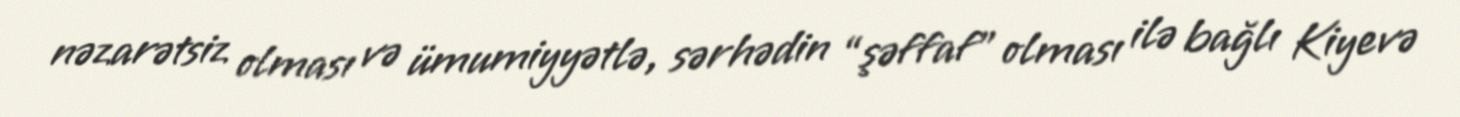
nəzarətsiz olması və ümumiyyətlə, sərhədin “şəffaf” olması ilə bağlı Kiyevə